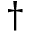
\dagger